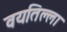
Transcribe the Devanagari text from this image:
वयतिल्ला